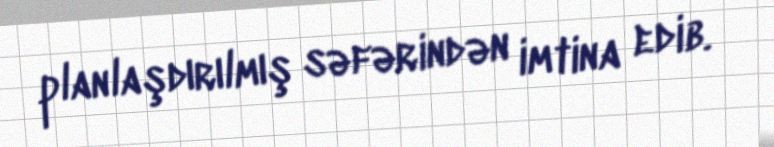
planlaşdırılmış səfərindən imtina edib.